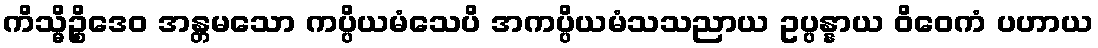
ကိသ္မိဉ္စိဒေဝ အန္တမသော ကပ္ပိယမံသေပိ အကပ္ပိယမံသသညာယ ဥပ္ပန္နာယ ဝိဝေကံ ပဟာယ